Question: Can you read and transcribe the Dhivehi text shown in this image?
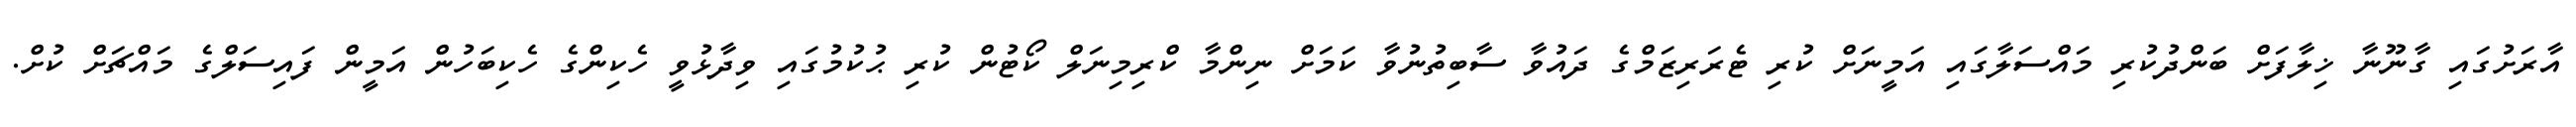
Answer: އާރަށުގައި ގާނޫނާ ޚިލާފަށް ބަންދުކުރި މައްސަލާގައި އަމީނަށް ކުރި ޓެރަރިޒަމްގެ ދައުވާ ސާބިތުނުވާ ކަމަށް ނިންމާ ކްރިމިނަލް ކޯޓުން ކުރި ޙުކުމުގައި ވިދާޅުވީ ހެކިންގެ ހެކިބަހުން އަމީން ފައިސަލްގެ މައްޗަށް ކުށް.